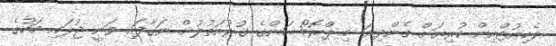
ލެކިއުޓްއިން ކުރިޔަށް ގެންދިޔަ މި ޕްރޮމޯޝަންގެ ގުރުއަތުލުން ނަގާފައި ވަނީ ޖުލައި މަހުގެ